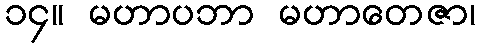
၁၄။ မဟာပဘာ မဟာတေဇာ၊